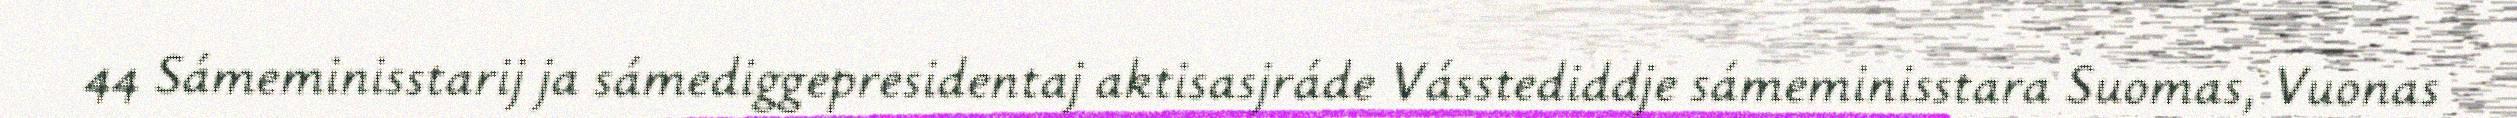
44 Sámeminisstarij ja sámediggepresidentaj aktisasjráde Vásstediddje sámeminisstara Suomas, Vuonas